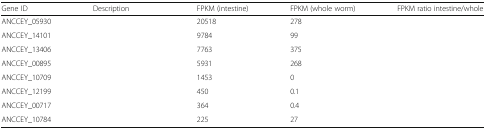
<table><thead><tr><td><b>Gene ID</b></td><td><b>Description</b></td><td><b>FPKM (intestine)</b></td><td><b>FPKM (whole worm)</b></td><td><b>FPKM ratio intestine/whole</b></td></tr></thead><tbody><tr><td>ANCCEY_05930</td><td>[EMPTY_CELL]</td><td>20518</td><td>278</td><td>[EMPTY_CELL]</td></tr><tr><td>ANCCEY_14101</td><td>[EMPTY_CELL]</td><td>9784</td><td>99</td><td>[EMPTY_CELL]</td></tr><tr><td>ANCCEY_13406</td><td>[EMPTY_CELL]</td><td>7763</td><td>375</td><td>[EMPTY_CELL]</td></tr><tr><td>ANCCEY_00895</td><td>[EMPTY_CELL]</td><td>5931</td><td>268</td><td>[EMPTY_CELL]</td></tr><tr><td>ANCCEY_10709</td><td>[EMPTY_CELL]</td><td>1453</td><td>0</td><td>[EMPTY_CELL]</td></tr><tr><td>ANCCEY_12199</td><td>[EMPTY_CELL]</td><td>450</td><td>0.1</td><td>[EMPTY_CELL]</td></tr><tr><td>ANCCEY_00717</td><td>[EMPTY_CELL]</td><td>364</td><td>0.4</td><td>[EMPTY_CELL]</td></tr><tr><td>ANCCEY_10784</td><td>[EMPTY_CELL]</td><td>225</td><td>27</td><td>[EMPTY_CELL]</td></tr></tbody></table>